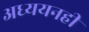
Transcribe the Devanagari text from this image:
अध्ययनही